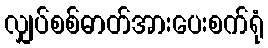
လျှပ်စစ်ဓာတ်အားပေးစက်ရုံ